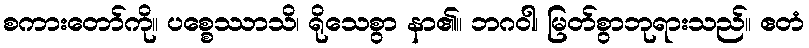
စကားတော်ကို။ ပစ္စေဿာသိ၊ ရိုသေစွာ နာ၏။ ဘဂဝါ၊ မြတ်စွာဘုရားသည်။ ဧတံ